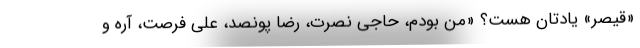
«قیصر» یادتان هست؟ «من بودم، حاجی نصرت، رضا پونصد، علی فرصت، آره و